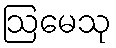
ဩမေသု